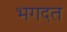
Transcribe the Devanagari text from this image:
भगदत